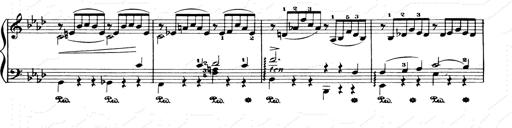
Title: Consolations and LiebestrÃ¤ume for the Piano
Composer: Franz Liszt